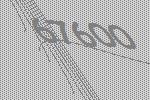
67600